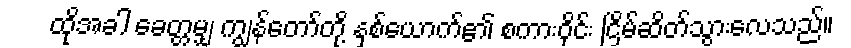
ထိုအခါ ခေတ္တမျှ ကျွန်တော်တို့ နှစ်ယောက်၏ စကားဝိုင်း ငြိမ်ဆိတ်သွားလေသည်။